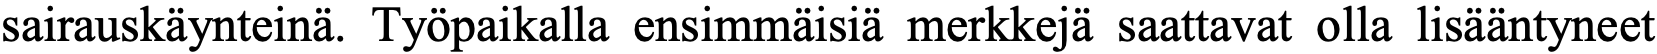
sairauskäynteinä. Työpaikalla ensimmäisiä merkkejä saattavat olla lisääntyneet